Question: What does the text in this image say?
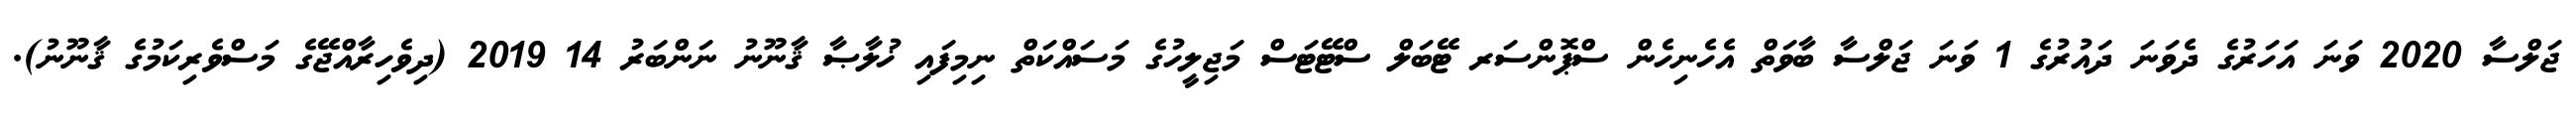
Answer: ޖަލްސާ 2020 ވަނަ އަހަރުގެ ދެވަނަ ދައުރުގެ 1 ވަނަ ޖަލްސާ ބާވަތް އެހެނިހެން ސްޕޮންސަރ ޓޭބަލް ސްޓޭޓަސް މަޖިލީހުގެ މަސައްކަތް ނިމިފައި ޚުލާޞާ ޤާނޫނު ނަންބަރު 14 2019 (ދިވެހިރާއްޖޭގެ މަސްވެރިކަމުގެ ޤާނޫނު).